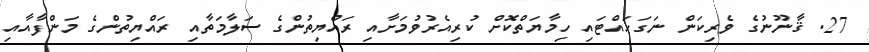
27. ޤާނޫނުގެ ވެރިކަން ނަގަހައްޓައި ހިމާޔަތްކޮށް ކުރިއެރުވުމަށާއި ރައްޔިތުންގެ ސަލާމަތާއި ރައްޔިތުންގެ މަންފާއާއި